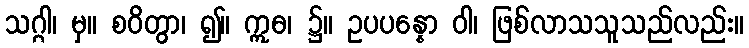
သဂ္ဂါ၊ မှ။ စဝိတွာ၊ ၍။ ဣဓ၊ ၌။ ဥပပန္နော ဝါ၊ ဖြစ်လာသသူသည်လည်း။